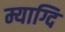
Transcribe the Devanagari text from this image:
म्याग्दि